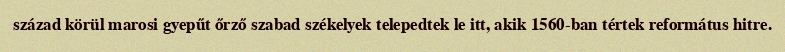
század körül marosi gyepűt őrző szabad székelyek telepedtek le itt, akik 1560-ban tértek református hitre.